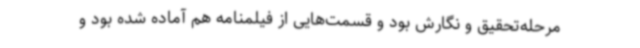
مرحله‌تحقیق و نگارش بود و قسمت‌هایی از فیلمنامه هم آماده شده بود و